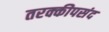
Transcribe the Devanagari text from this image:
तरक्कीपसंद